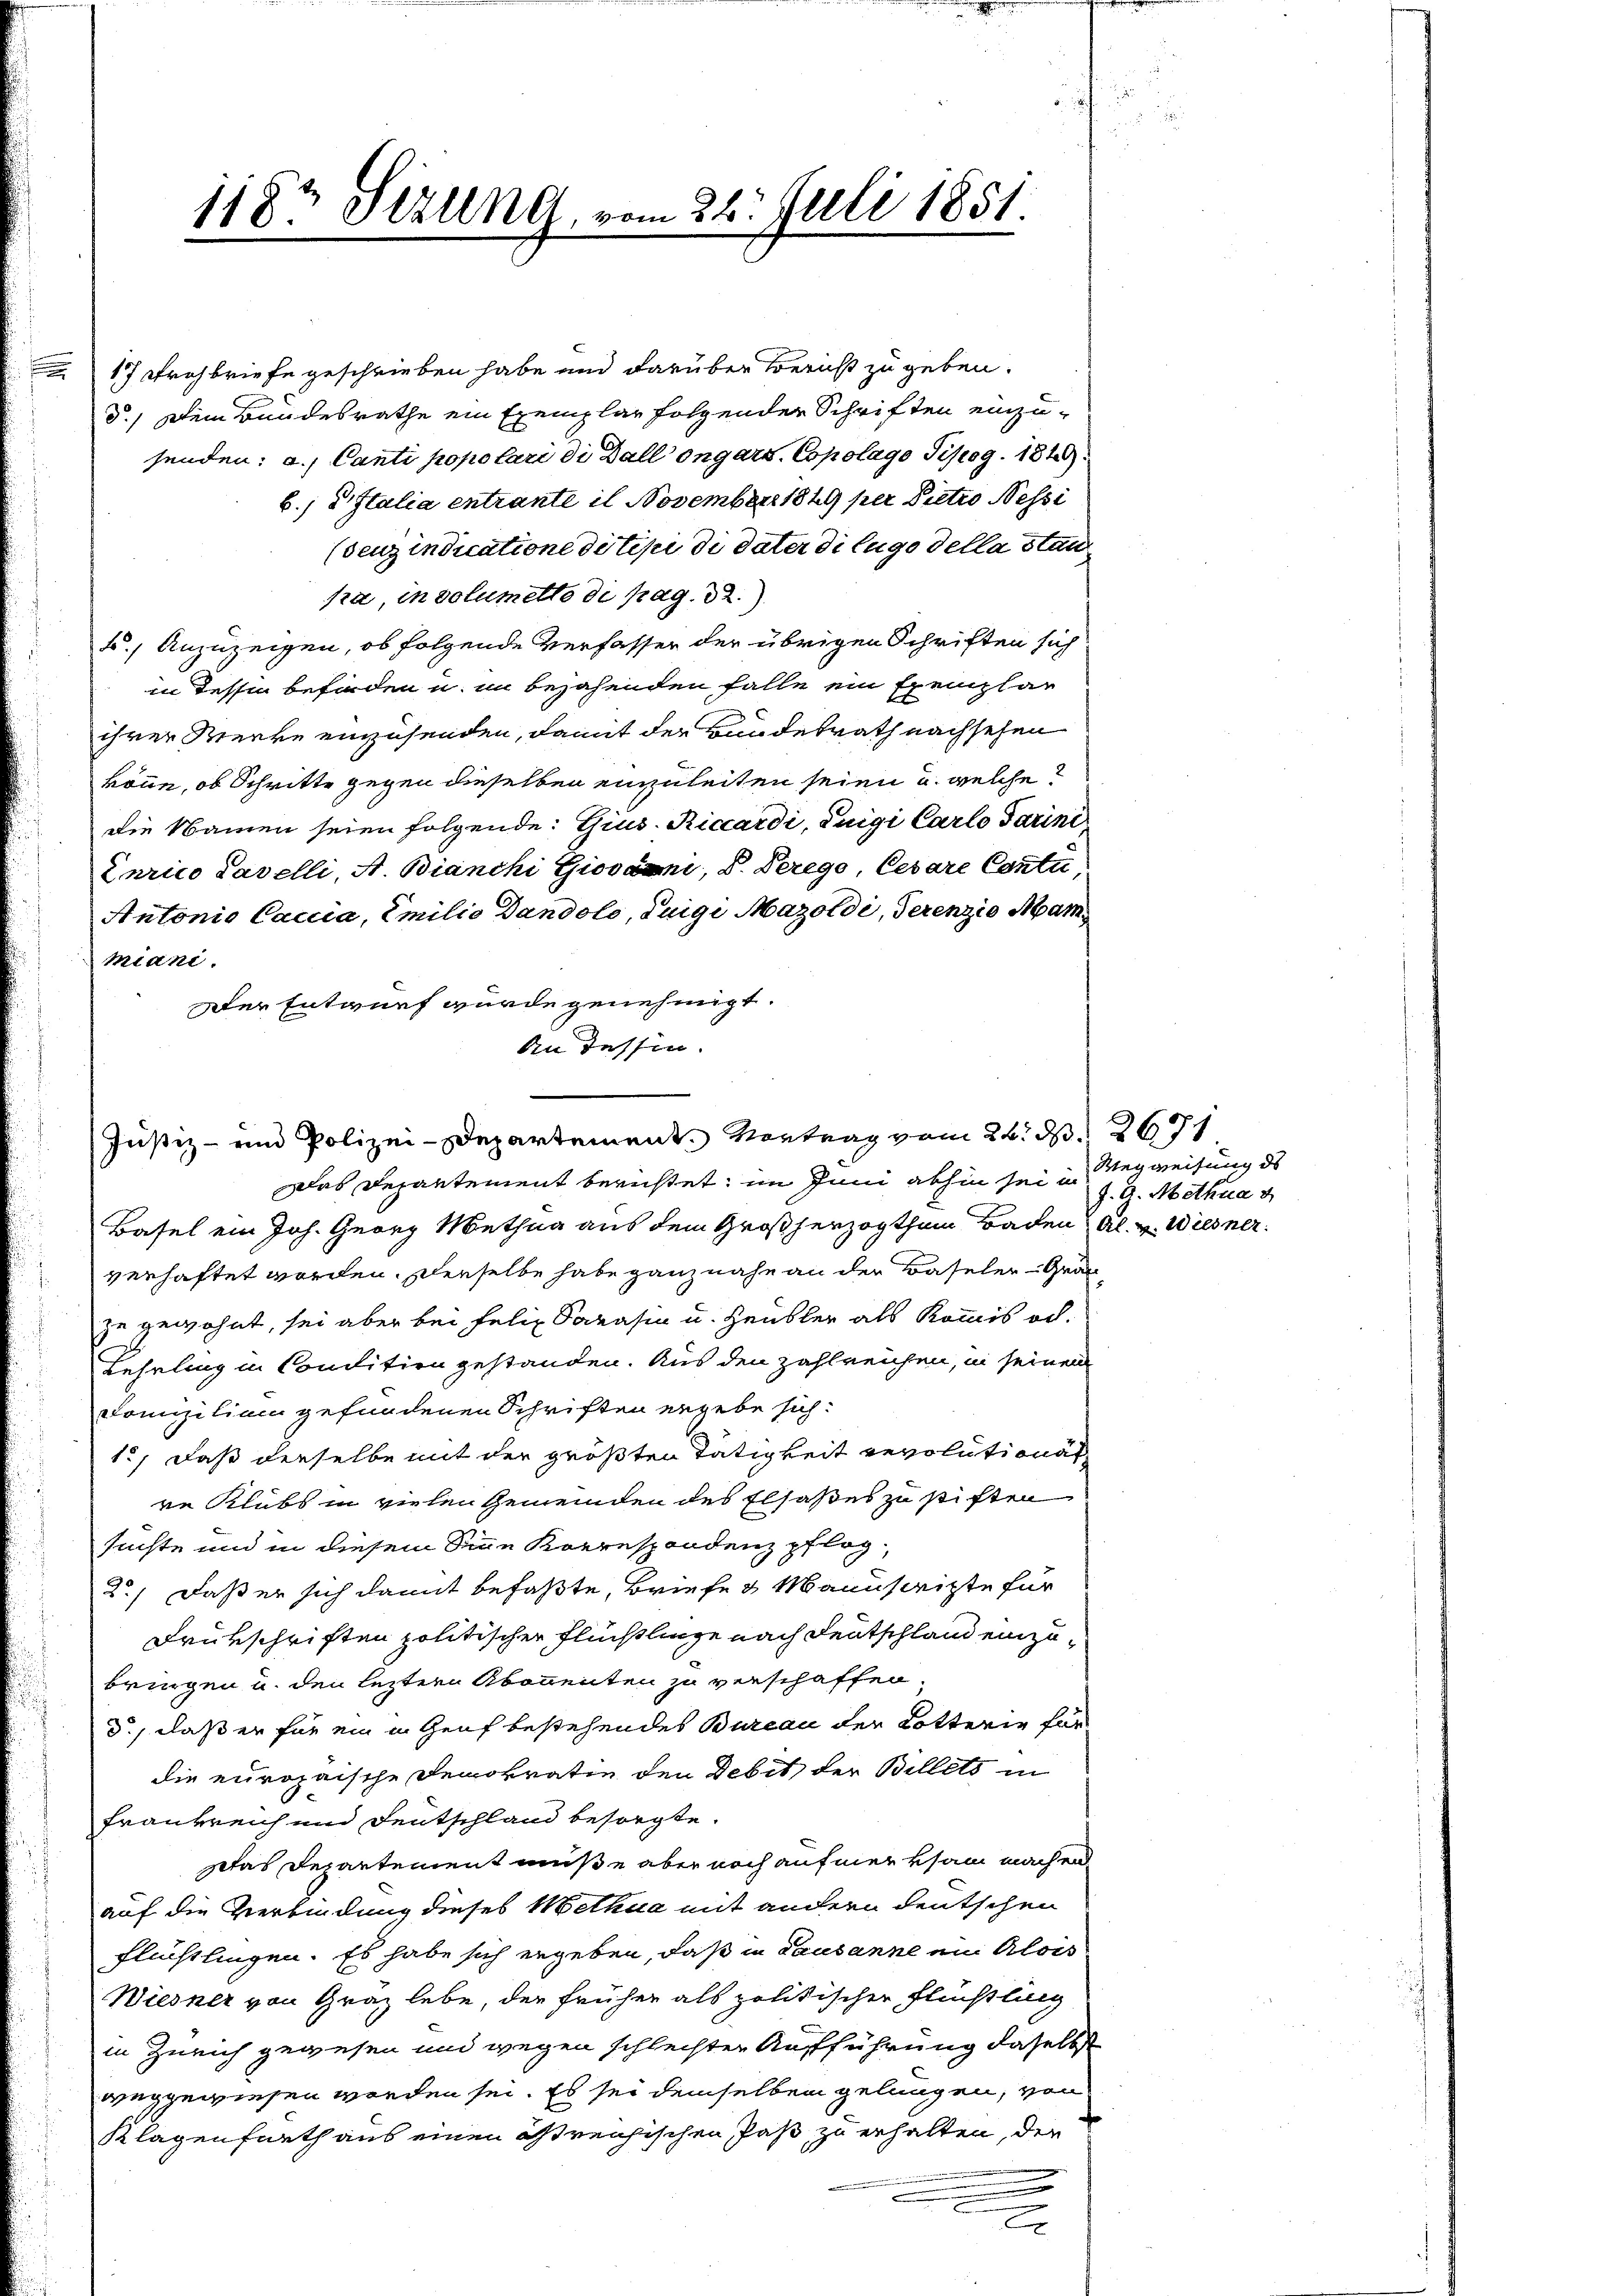
e

1183 Stzung, vom 22. Juli 1851.

Justiz- und Polizei-Departement. Vortrag vom 24. d. 2671.

17 Frohbriefe geschrieben habe und darüber Bericht zu geben.
d.) Dein Bundesrathe ein Exemplar folgender Schriften einzusenden: a.) Canti popolari di Ball engars. Copolago Tipag. 184
b., Distalia entrante il November 1849 per Dietio Nessi
(senzindicatione di tipi di Vater di lugo della stan
sra, in dolumette di pag. 32.)
4.) Anzuzeigen, ob folgende Verfassen der übrigen Schriften sich
in dessen befinden u. in bejahenden Falle ein Exemplar
ihrer Werke einzusenden, damit der Bundesrath nachsehen
könne, ob Schritte gegen dieselben einzuleiten seien u. welche
die Namen seien folgende: Gius-Riccardi, Luigi Carlo Parini,
Zurico Savelli, A. Bianchi Giovani, V. Derege Cesare Conti,
Antonio Caccia, Emilio Dandolo, Tuigi Mazoldi, Serenzio Mar
miani.
Der Entwurf wurde genehmigt.
An dessen.

Das Departement berichtet; im Juni abhin sei in Wegweisung de
Basel ein Joh. Georg Methna aus dem Großherzogthum Baden Al. v. Wiesner
verhaftet worden. Derselbe habe ganz nahe an den Baseler-Granzu gewohnt, sei aber bei Felix Sarasen u. Heubler als Kommis od.
Lehrling in Conclition gestanden. Aus den zahlreichen, in seinem
Fomiziliam gefundenen Schriften ergebe sich:
1., daß derselbe mit der größten Tätigkeit Revolutionat
re Klubs in vielen Gemeinden des Elsaßes zu stiften
suchte und in diesem Sine Korrespondenz pflog
2.) Daß er sich damit befaßte, Briefe & Manuscripte für
Drükschriften politischer Flüchtlinge nach Deutschland einzubringen u. den letztern Abonnenten zu verschaffen.
d., daß er für ein in Genf bestehendes Bureau der Lotterie für
die europaische Demokratin den Debit der Billets in
Frankreich und Deutschland besorgte.
petas Departement müße aber noch aufmerksam machend
auf die Verbindung dieses Methua mit andern deutschen
flüchtlingen. Es habe sich ergeben, daß in Lausanne ein Alois
Wiesner von Graz lebe, der früher als politischer Flüchtling
in Zürich gewesen und wegen schlechter Aufführung daselbst
weggewiesen worden sei. Es sei demselben gelungen, von
Klagenfurth aus einen östreichischen Paß zu erhalten, den
e
u
e

J. G. Metha